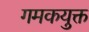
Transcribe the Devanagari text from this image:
गमकयुक्त